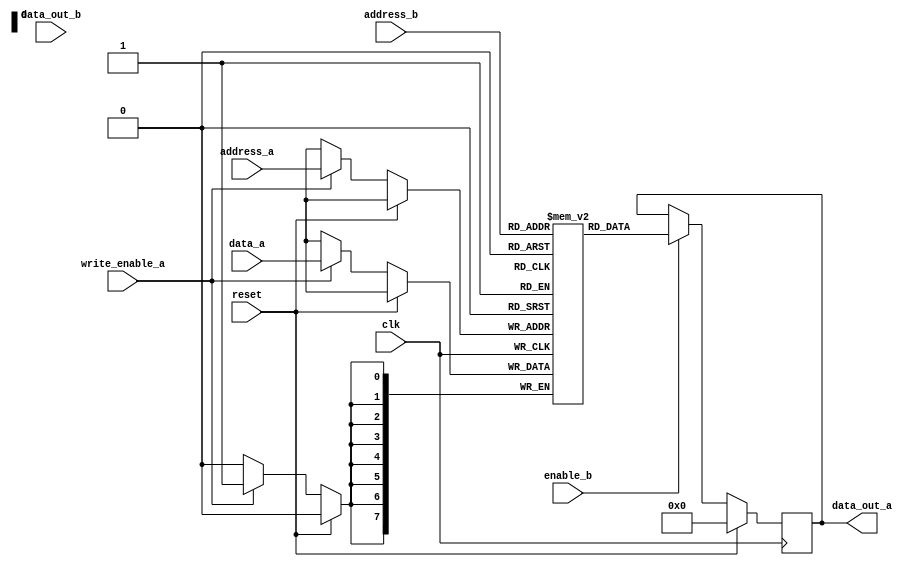
module dual_port_ram (
    input wire clk,
    input wire reset,
    input wire [7:0] address_a,
    input wire [7:0] data_a,
    input wire write_enable_a,
    input wire enable_b,
    input wire [7:0] address_b,
    input wire data_out_b,
    output reg [7:0] data_out_a
);

reg [7:0] memory [0:255];

always @(posedge clk) begin
    if (reset) begin
        data_out_a <= 8'b0;
    end else begin
        if (write_enable_a) begin
            memory[address_a] <= data_a;
        end
        if (enable_b) begin
            data_out_a <= memory[address_b];
        end
    end
end

endmodule